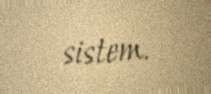
sistem.